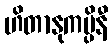
ဟိတာနုကမ္ပိနီ